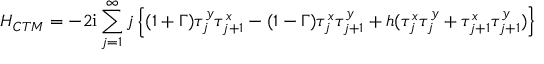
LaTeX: H _ { C T M } = - 2 \mathrm { i } \sum _ { j = 1 } ^ { \infty } j \left\{ ( 1 + \Gamma ) \tau _ { j } ^ { y } \tau _ { j + 1 } ^ { x } - ( 1 - \Gamma ) \tau _ { j } ^ { x } \tau _ { j + 1 } ^ { y } + h ( \tau _ { j } ^ { x } \tau _ { j } ^ { y } + \tau _ { j + 1 } ^ { x } \tau _ { j + 1 } ^ { y } ) \right\} \nonumber